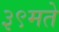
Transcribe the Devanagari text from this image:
३९मते